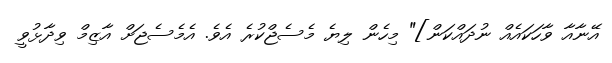
އޭނާއާ ވާހަކައެއް ނުދައްކަން]" މިހެން ލިޔެ މެސެޖްކުރެ އެވެ. އެމެސެޖަށް އާޒިމް ވިދާޅުވީ